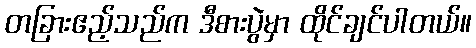
တခြားဧည့်သည်က ဒီစားပွဲမှာ ထိုင်ချင်ပါတယ်။